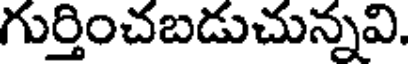
గుర్తించబడుచున్నవి.